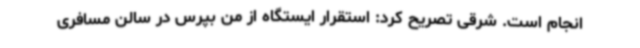
انجام است. شرقی تصریح کرد: استقرار ایستگاه از من بپرس در سالن مسافری